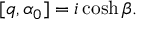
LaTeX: [ q , \alpha _ { 0 } ] = i \cosh \beta .